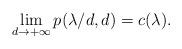
LaTeX: \begin{align*}\lim_{d\rightarrow+\infty}p(\lambda/d,d)=c(\lambda).\end{align*}